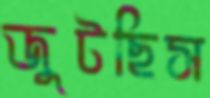
জুটছিস